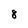
Character: 8